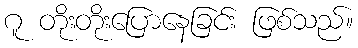
ဂူ တိုးတိုးပြောနေခြင်း ဖြစ်သည်။